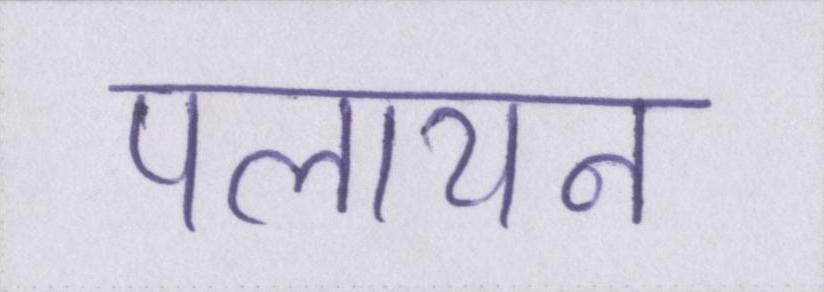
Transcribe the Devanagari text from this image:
पलायन